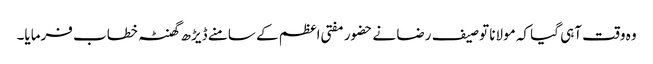
وہ وقت آہی گیا کہ مولانا توصیف رضا نے حضور مفتی اعظم کے سامنے ڈیڑھ گھنٹہ خطاب فرمایا۔